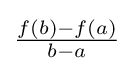
{\textstyle {\frac {f(b)-f(a)}{b-a}}}